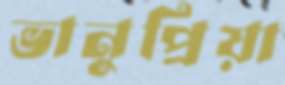
ভানুপ্রিয়া